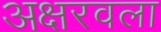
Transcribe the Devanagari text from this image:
अक्षरवला